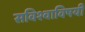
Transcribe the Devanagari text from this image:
सविश्वाविषयी